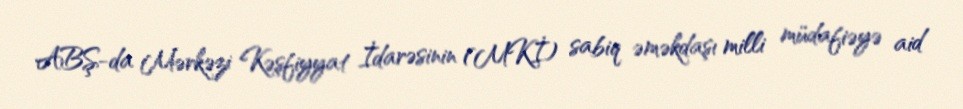
ABŞ-da Mərkəzi Kəşfiyyat İdarəsinin (MKİ) sabiq əməkdaşı milli müdafiəyə aid